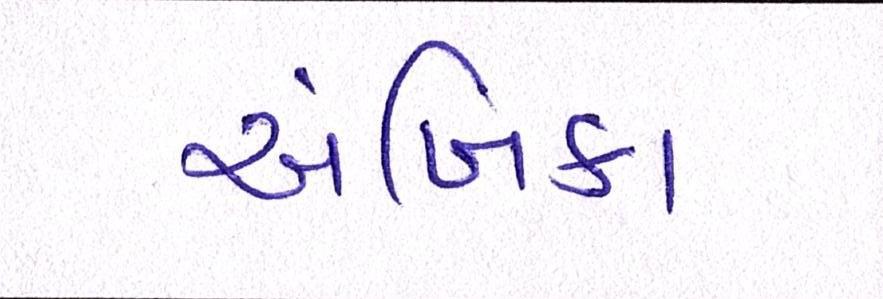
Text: અંબિકા